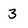
Character: 3